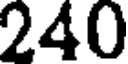
240